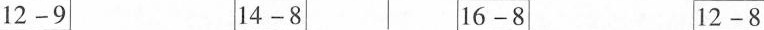
$$12-9$$ $$14-8$$ $$16-8$$ $$12-8$$